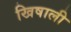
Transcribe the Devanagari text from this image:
खिषाली